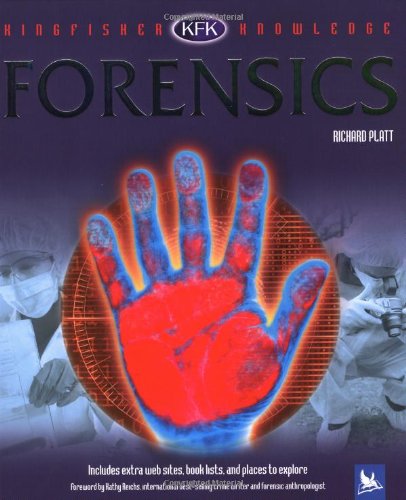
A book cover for Forensics (Kingfisher Knowledge); Richard Platt; Children's Books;